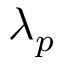
\lambda _ { p }